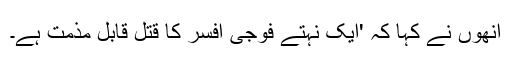
انھوں نے کہا کہ 'ایک نہتے فوجی افسر کا قتل قابل مذمت ہے۔